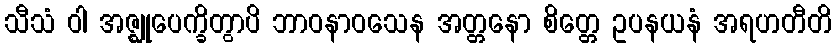
သီသံ ဝါ အဇ္ဈုပေက္ခိတွာပိ ဘာဝနာဝသေန အတ္တနော စိတ္တေ ဥပနယနံ အရဟတီတိ